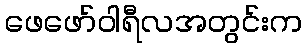
ဖေဖော်ဝါရီလအတွင်းက